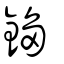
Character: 𨪕